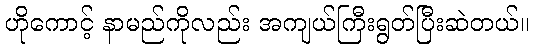
ဟိုကောင့် နာမည်ကိုလည်း အကျယ်ကြီးရွတ်ပြီးဆဲတယ်။